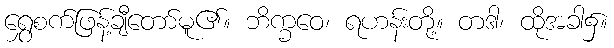
ရွှေစက်ဖြန့်ချီတော်မူ၏။ ဘိက္ခဝေ၊ ရဟန်းတို့။ တဒါ၊ ထိုအခါ၌။